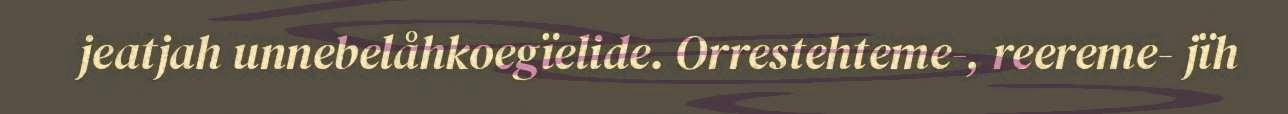
jeatjah unnebelåhkoegïelide. Orrestehteme-, reereme- jïh